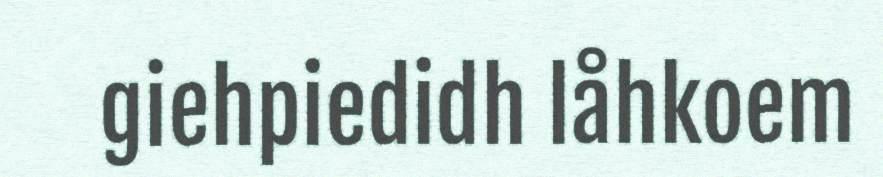
giehpiedidh låhkoem